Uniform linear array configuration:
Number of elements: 12
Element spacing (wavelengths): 0.25
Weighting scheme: exponential
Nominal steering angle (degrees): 0
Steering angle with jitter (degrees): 0.2322
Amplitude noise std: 0.05
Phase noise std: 0.05

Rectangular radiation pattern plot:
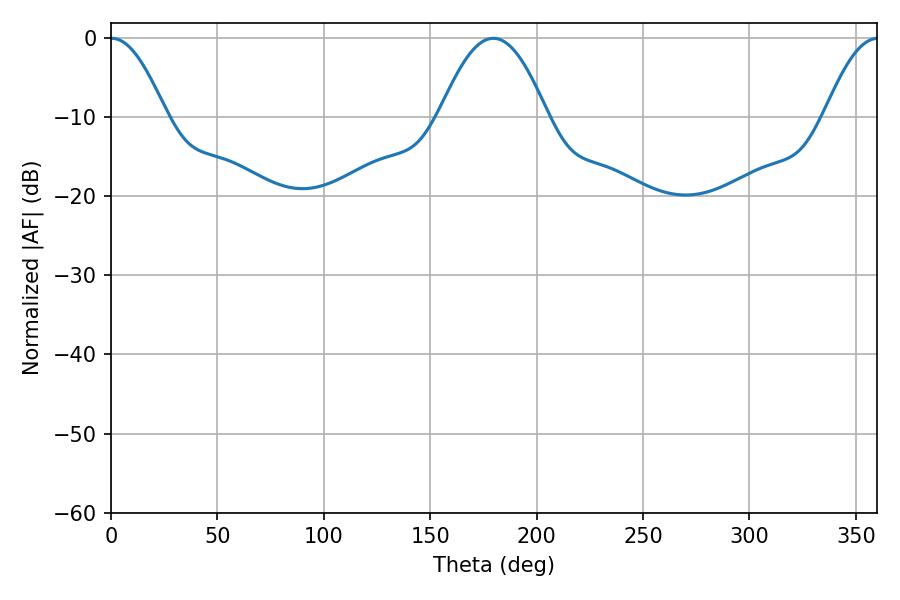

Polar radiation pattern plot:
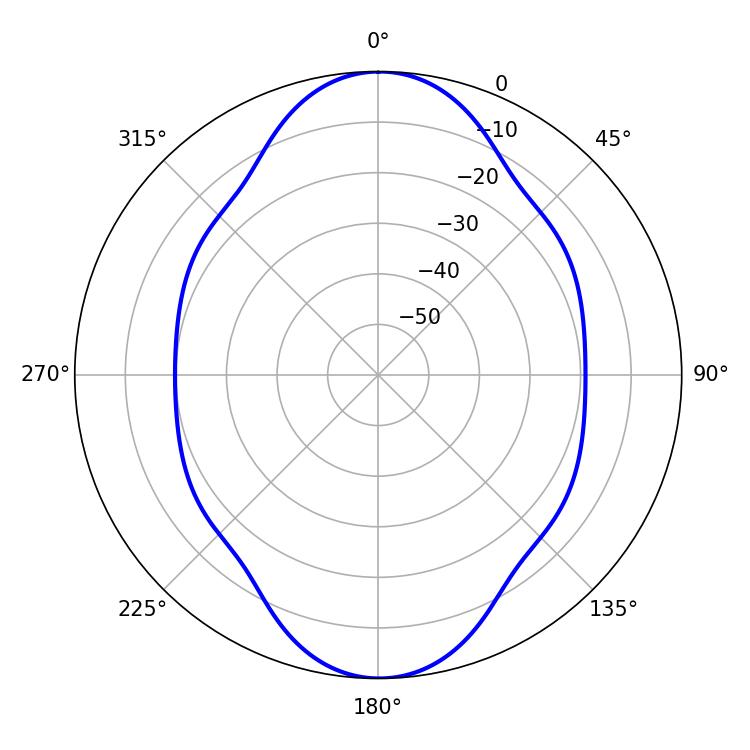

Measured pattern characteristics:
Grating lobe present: FALSE
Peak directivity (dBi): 21.198
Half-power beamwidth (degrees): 14.04
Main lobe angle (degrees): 0.36